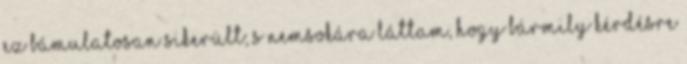
Ez bámulatosan sikerült; s nemsokára láttam, hogy bármily kérdésre